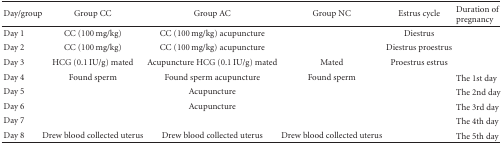
| Day/group | Group CC | Group AC | Group NC | Estrus cycle | Duration of pregnancy |
 | --- | --- | --- | --- | --- | --- |
 | Day 1 | CC (100 mg/kg) | CC (100 mg/kg) acupuncture |  | Diestrus |  |
 | Day 2 | CC (100 mg/kg) | CC (100 mg/kg) acupuncture |  | Diestrus proestrus |  |
 | Day 3 | HCG (0.1 IU/g) mated | Acupuncture HCG (0.1 IU/g) mated | Mated | Proestrus estrus |  |
 | Day 4 | Found sperm | Found sperm acupuncture | Found sperm |  | The 1st day |
 | Day 5 |  | Acupuncture |  |  | The 2nd day |
 | Day 6 |  | Acupuncture |  |  | The 3rd day |
 | Day 7 |  |  |  |  | The 4th day |
 | Day 8 | Drew blood collected uterus | Drew blood collected uterus | Drew blood collected uterus |  | The 5th day |